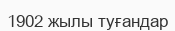
1902 жылы туғандар